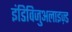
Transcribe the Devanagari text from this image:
इंडिविजुअलाइज़्ड